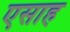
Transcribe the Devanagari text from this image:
एसाह